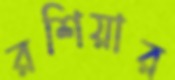
রশিয়ার